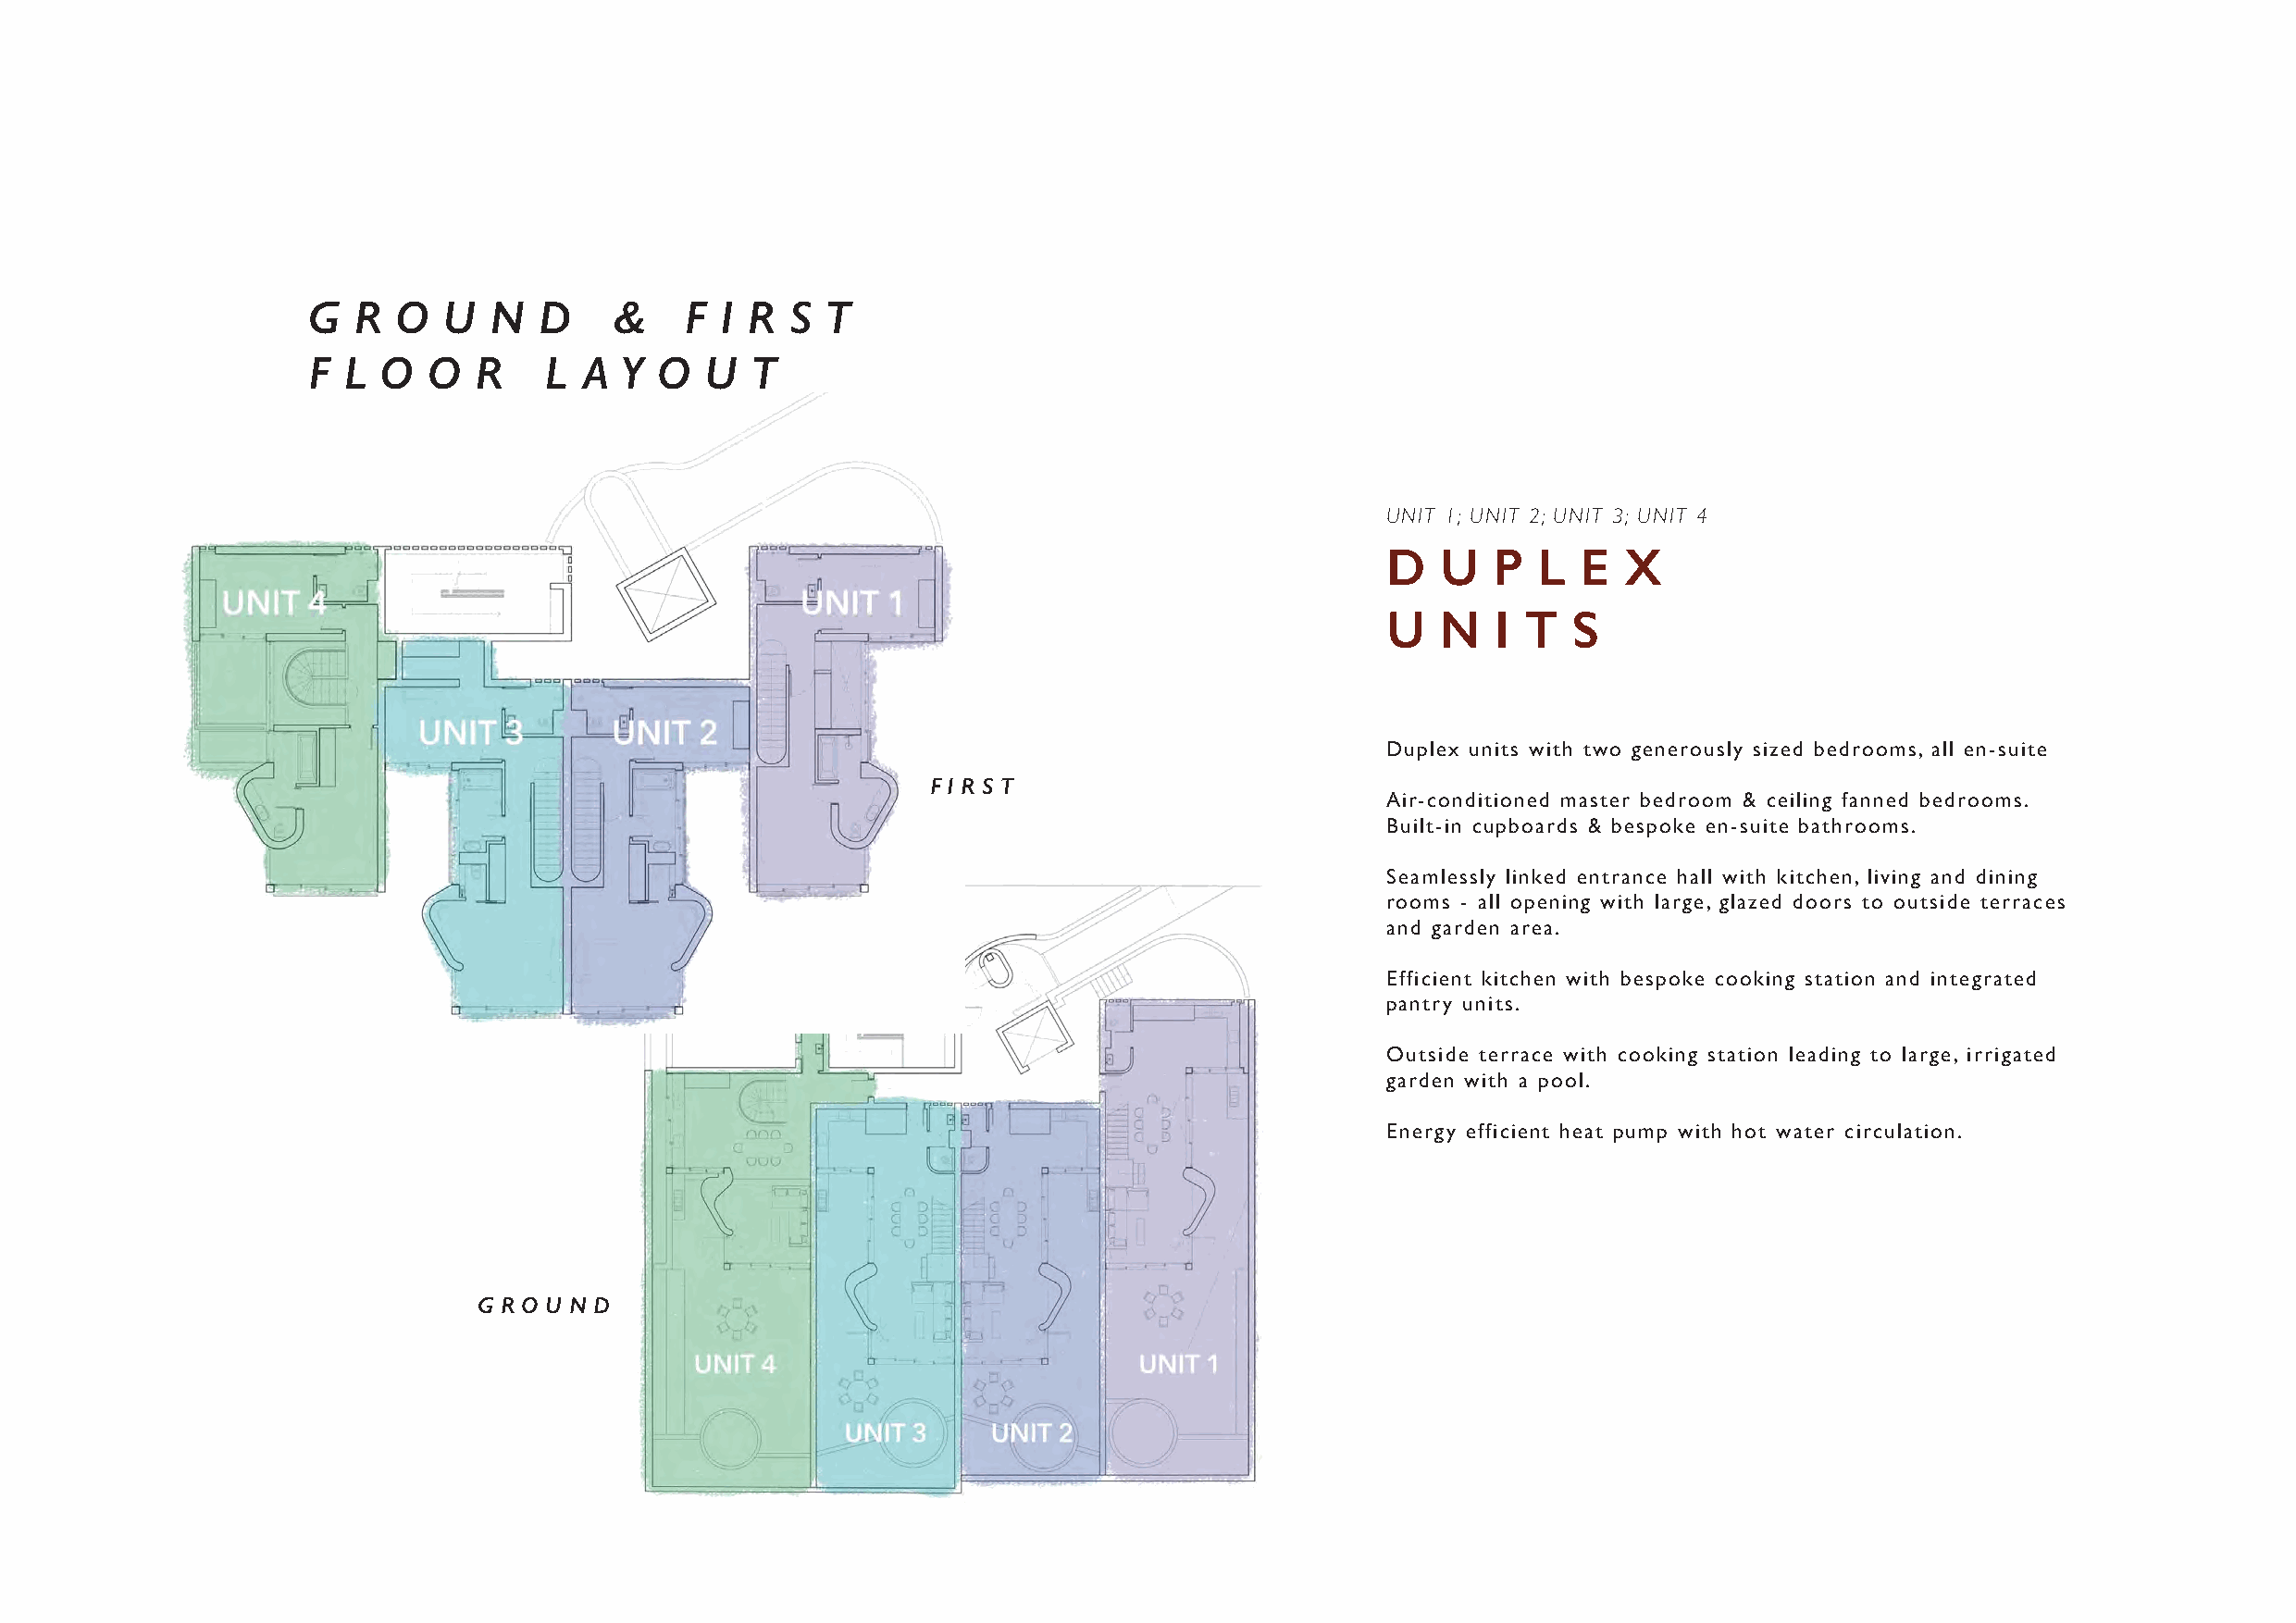
G  R  O   U  N  D     &    F I R  S  T
 F  L O   O  R    L  A Y  O  U   T
 UNIT 1; UNIT 2; UNIT 3; UNIT 4
 D   U   P  L  E  X
 U   N   I T  S
 Duplex units with two generously sized bedrooms, all en-suite
 F I R S T
 Air-conditioned master bedroom & ceiling fanned bedrooms.
 Built-in cupboards & bespoke en-suite bathrooms.
 Seamlessly linked entrance hall with kitchen, living and dining
 rooms - all opening with large, glazed doors to outside terraces
 and garden area.
 Efficient kitchen with bespoke cooking station and integrated
 pantry units.
 Outside terrace with cooking station leading to large, irrigated
 garden with a pool.
 Energy efficient heat pump with hot water circulation.
 G R O U N D